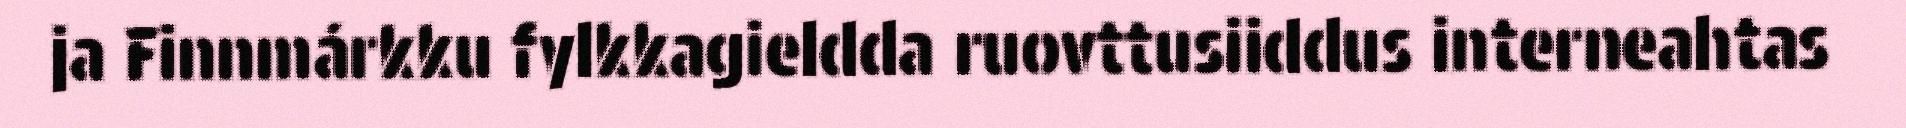
ja Finnmárkku fylkkagieldda ruovttusiiddus interneahtas